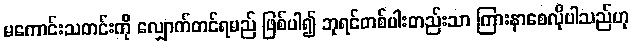
မကောင်းသတင်းကို လျှောက်တင်ရမည် ဖြစ်ပါ၍ ဘုရင်တစ်ပါးတည်းသာ ကြားနာစေလိုပါသည်ဟု